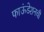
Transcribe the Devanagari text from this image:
फाऊंडेशनची